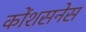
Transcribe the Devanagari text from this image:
कोंशसनेस